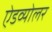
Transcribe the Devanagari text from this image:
ऐडव्योलर